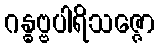
ဂန္ဓဗ္ဗပါရိသဇ္ဇော